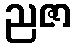
ညဇာ